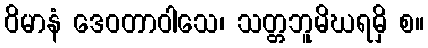
ဝိမာနံ ဒေဝတာဝါသေ၊ သတ္တဘူမိဃရမှိ စ။